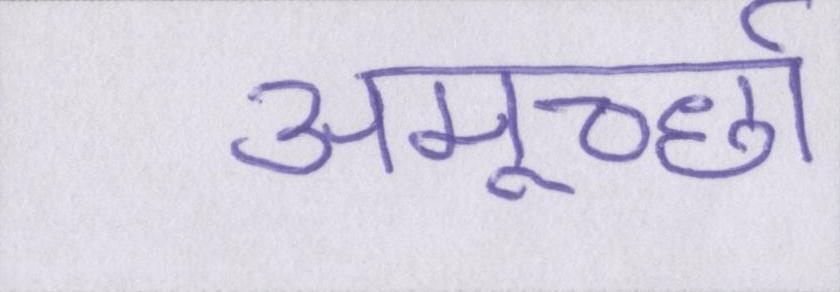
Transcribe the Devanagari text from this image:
अमूर्च्छा